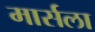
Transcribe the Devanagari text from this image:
मार्सला